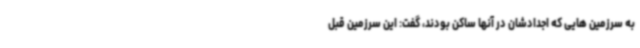
به سرزمین هایی که اجدادشان در آنها ساکن بودند، گفت: این سرزمین قبل